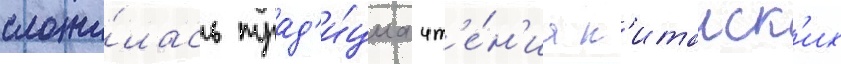
сложи́лась трад'и́циа чт'е́н'иа к'итаиск'их